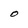
Character: o